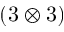
\left( 3 \otimes 3 \right)